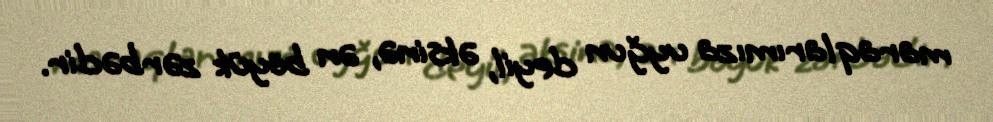
maraqlarımıza uyğun deyil, əksinə, ən böyük zərbədir.